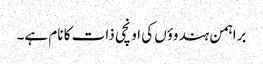
براہمن ہندوؤں کی اونچی ذات کا نام ہے۔